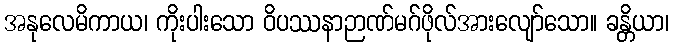
အနုလေမိကာယ၊ ကိုးပါးသော ဝိပဿနာဉာဏ်မဂ်ဖိုလ်အားလျော်သော။ ခန္တိယာ၊